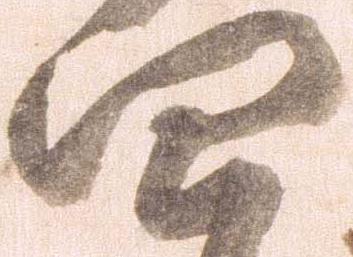
四